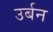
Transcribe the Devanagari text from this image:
उर्बन